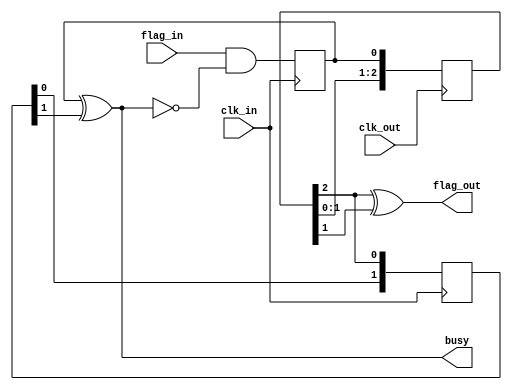
`timescale 1ns / 1ps
//////////////////////////////////////////////////////////////////
//    IonControl 1.0:  Copyright 2016 Sandia Corporation              
//    This Software is released under the GPL license detailed    
//    in the file "license.txt" in the top-level pyGSTi directory 
//////////////////////////////////////////////////////////////////

module flag_crossdomain(
	input wire clk_in,
	input wire flag_in,
	output wire busy,
	input wire clk_out,
	output wire flag_out
    );

reg flag_toggle_in = 0;
always @(posedge clk_in)  flag_toggle_in <= ( flag_in & ~ busy );

reg [2:0] sync_in_clk_out = 0;
always @(posedge clk_out) sync_in_clk_out <= { sync_in_clk_out[1:0], flag_toggle_in };

reg [1:0] sync_out_clk_in = 0;
always @(posedge clk_in) sync_out_clk_in <= { sync_out_clk_in[0], sync_in_clk_out[2] };

assign flag_out = sync_in_clk_out[2] ^ sync_in_clk_out[1];
assign busy = flag_toggle_in ^ sync_out_clk_in[1];

endmodule